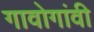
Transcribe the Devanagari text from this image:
गावोगांवी